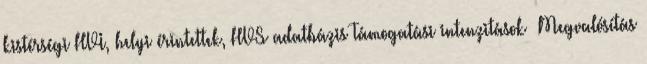
kistérségi HVI, helyi érintettek, HVS adatbázis Támogatási intenzitások ▪Megvalósítás